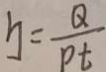
y = \frac { Q } { p t }